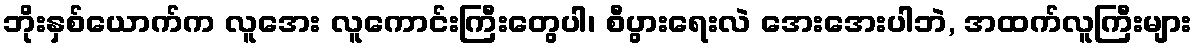
ဘိုးနှစ်ယောက်က လူအေး လူကောင်းကြီးတွေပါ၊ စီပွားရေးလဲ အေးအေးပါဘဲ, အထက်လူကြီးများ